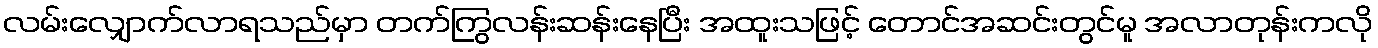
လမ်းလျှောက်လာရသည်မှာ တက်ကြွလန်းဆန်းနေပြီး အထူးသဖြင့် တောင်အဆင်းတွင်မူ အလာတုန်းကလို